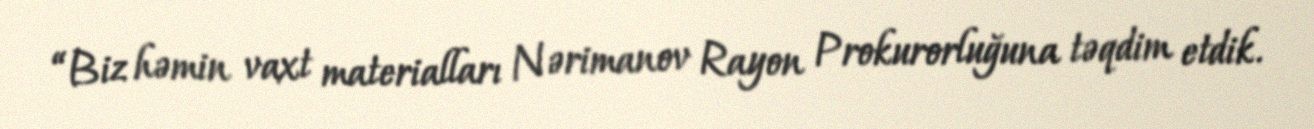
“Biz həmin vaxt materialları Nərimanov Rayon Prokurorluğuna təqdim etdik.